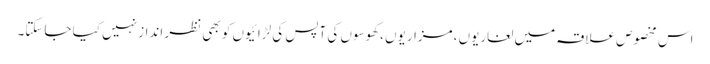
اس مخصوص علاقہ میں لغاریوں ،مزاریوں ،کھوسوں کی آپس کی لڑائیوں کو بھی نظر انداز نہیں کیا جاسکتا۔